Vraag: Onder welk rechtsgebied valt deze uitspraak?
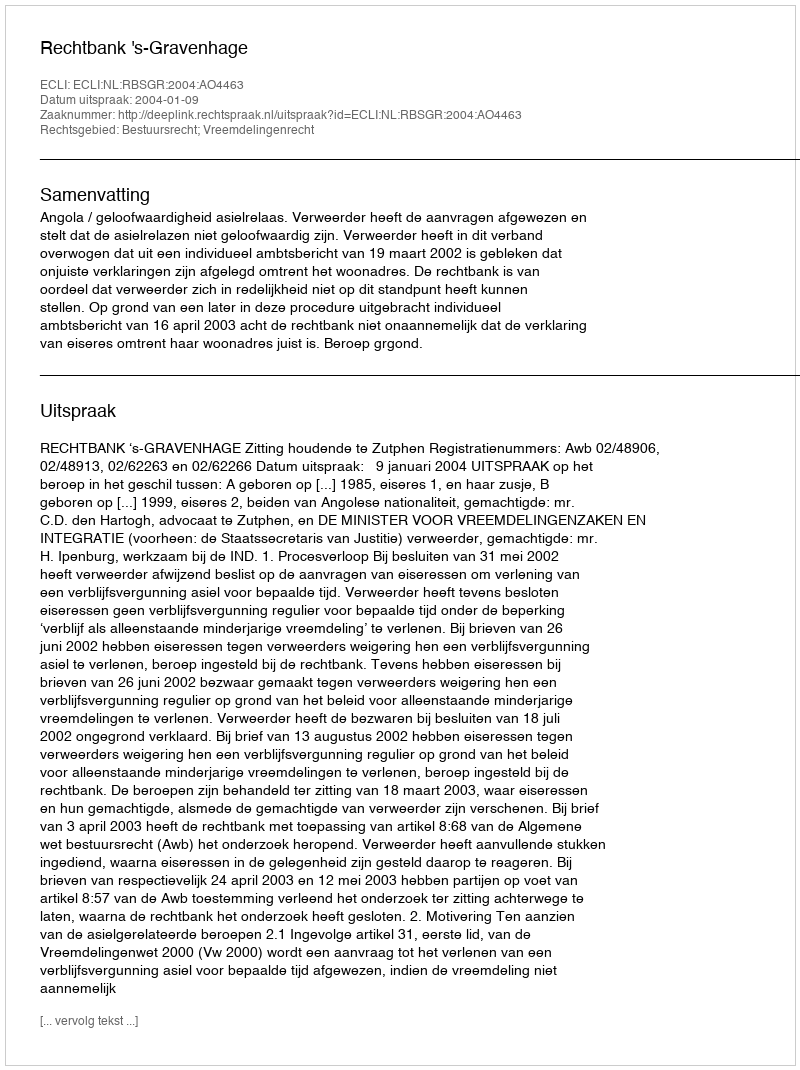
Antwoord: Bestuursrecht; Vreemdelingenrecht